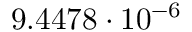
9 . 4 4 7 8 \cdot 1 0 ^ { - 6 }